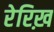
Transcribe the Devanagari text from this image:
रेरिख़